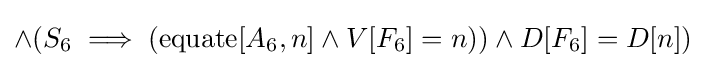
\land (S_{6}\implies (\operatorname {equate} [A_{6},n]\land V[F_{6}]=n))\land D[F_{6}]=D[n])